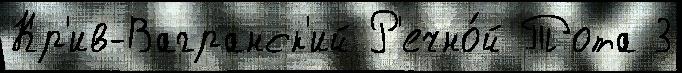
Кр'ив-Вагранск'ий Р'ечно́й Тота 3